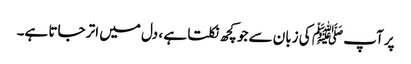
پر آپ ﷺ کی زبان سے جو کچھ نکلتا ہے ، دل میں اتر جاتا ہے۔